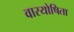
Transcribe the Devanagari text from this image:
वारयोषिता